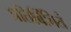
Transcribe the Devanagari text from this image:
प्रतिबिंबितं